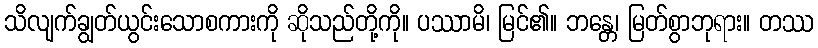
သိလျက်ချွတ်ယွင်းသောစကားကို ဆိုသည်တို့ကို။ ပဿာမိ၊ မြင်၏။ ဘန္တေ၊ မြတ်စွာဘုရား။ တဿ